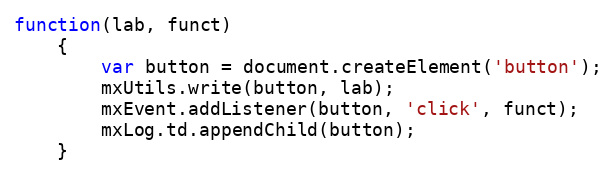
Language: JavaScript
function(lab, funct)
	{
		var button = document.createElement('button');
		mxUtils.write(button, lab);
		mxEvent.addListener(button, 'click', funct);
		mxLog.td.appendChild(button);
	}